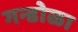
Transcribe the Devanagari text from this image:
गन्डोळा